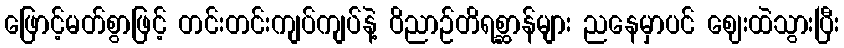
ဖြောင့်မတ်စွာဖြင့် တင်းတင်းကျပ်ကျပ်နဲ့ ဝိညာဉ်တိရစ္ဆာန်များ ညနေမှာပင် ဈေးထဲသွားပြီး